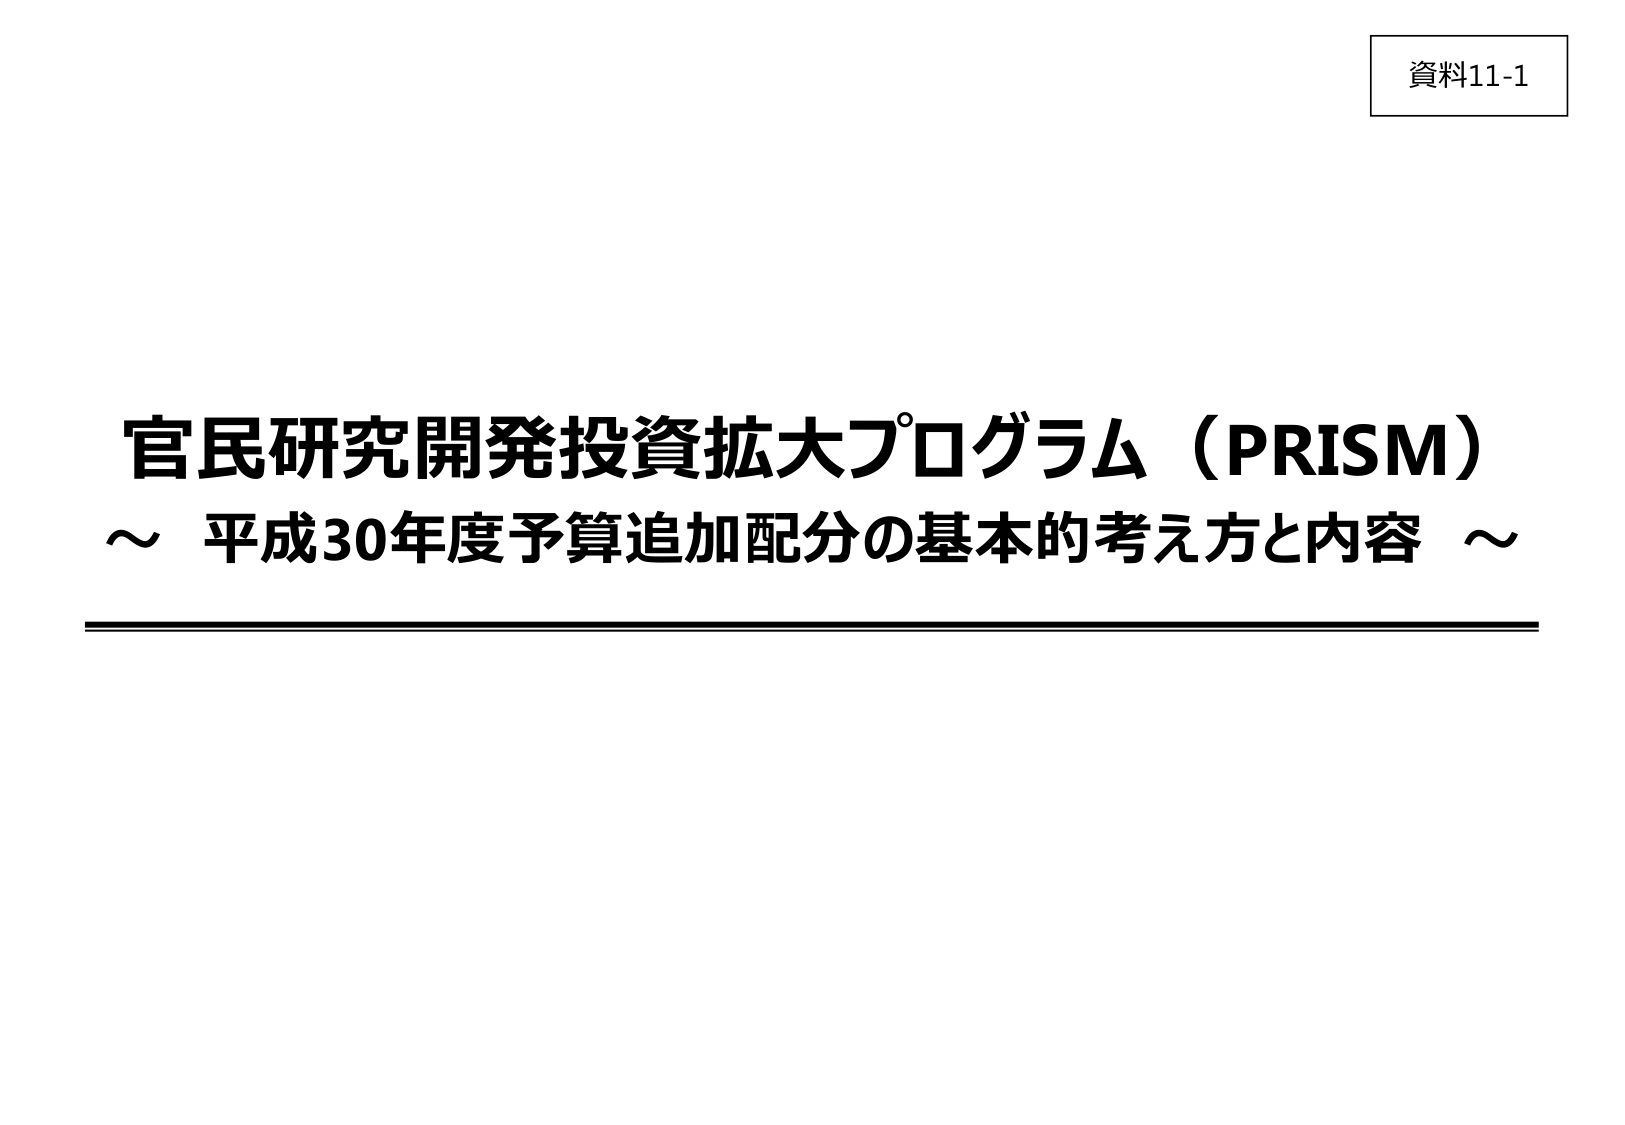
資料11-1

官民研究開発投資拡大プログラム（PRISM）
～ 平成30年度予算追加配分の基本的考え方と内容 ～